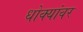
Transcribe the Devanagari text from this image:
धोक्यांवर